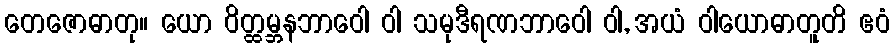
တေဇောဓာတု။ ယော ဝိတ္ထမ္ဘနဘာဝေါ ဝါ သမုဒီရဏဘာဝေါ ဝါ, အယံ ဝါယောဓာတူတိ ဧဝံ